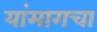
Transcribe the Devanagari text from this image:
यांमागचा